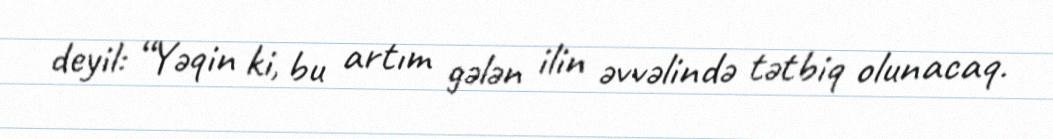
deyil: “Yəqin ki, bu artım gələn ilin əvvəlində tətbiq olunacaq.